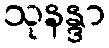
သုနန္ဒာ